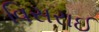
વિસરાઈ